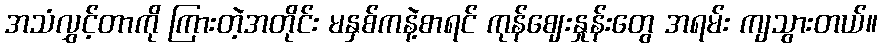
အသံလွှင့်တာကို ကြားတဲ့အတိုင်း မနှစ်ကနဲ့စာရင် ကုန်ဈေးနှုန်းတွေ အရမ်း ကျသွားတယ်။